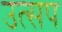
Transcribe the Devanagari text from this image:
उत्सप